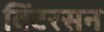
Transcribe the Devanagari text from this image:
विंटरसन